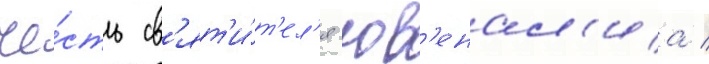
че́сть св'ят'и́т'ел'я юв'енал'иа /